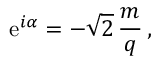
\mathrm { e } ^ { i \alpha } = - \sqrt { 2 } \, \frac { m } { q } \, ,